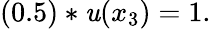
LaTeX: (0.5)*\mathit{u}(x_{3})=1.